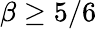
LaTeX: \beta\geq 5/6